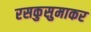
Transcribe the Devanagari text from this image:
रसकुसुमाकर